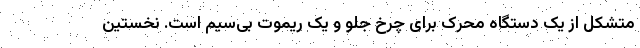
متشکل از یک دستگاه محرک برای چرخ جلو و یک ریموت بی‌سیم است. نخستین